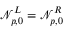
\mathcal { N } _ { p , 0 } ^ { L } = \mathcal { N } _ { p , 0 } ^ { R }